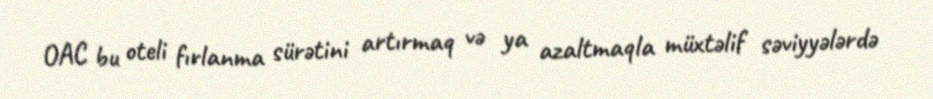
OAC bu oteli fırlanma sürətini artırmaq və ya azaltmaqla müxtəlif səviyyələrdə